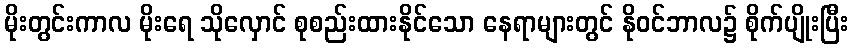
မိုးတွင်းကာလ မိုးရေ သိုလှောင် စုစည်းထားနိုင်သော နေရာများတွင် နိုဝင်ဘာလ၌ စိုက်ပျိုးပြီး